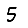
Digit: 5